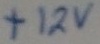
Text: +12V